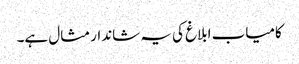
کامیاب ابلاغ کی یہ شاندار مثال ہے۔